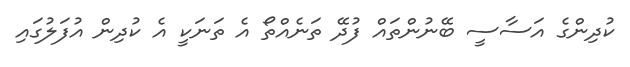
ކުދިންގެ އަސާސީ ބޭނުންތައް ފުދޭ ތަނެއްތޯ އެ ތަނަކީ އެ ކުދިން އުފަލުގައި